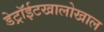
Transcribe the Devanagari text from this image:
डेट्रॉईटखालोखाल